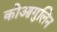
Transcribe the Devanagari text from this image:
कोआगुलिन